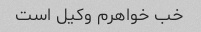
خب خواهرم وکیل است